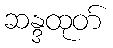
ဆန္ဒထုတ်